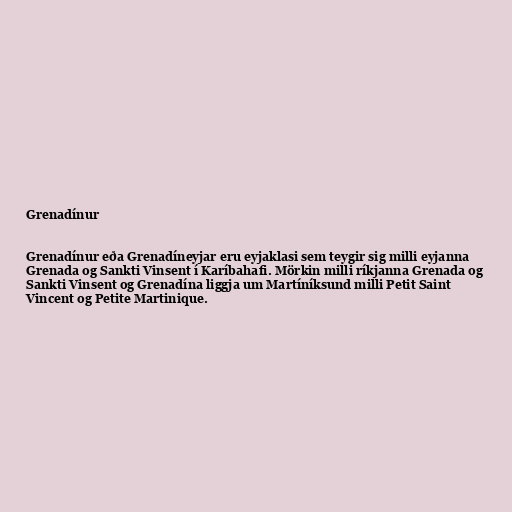
Grenadínur

Grenadínur eða Grenadíneyjar eru eyjaklasi sem teygir sig milli eyjanna
Grenada og Sankti Vinsent í Karíbahafi. Mörkin milli ríkjanna Grenada og
Sankti Vinsent og Grenadína liggja um Martíníksund milli Petit Saint
Vincent og Petite Martinique.